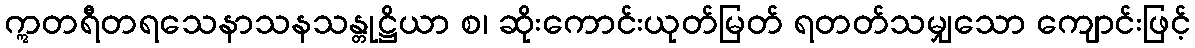
ဣတရီတရသေနာသနသန္တုဋ္ဌိယာ စ၊ ဆိုးကောင်းယုတ်မြတ် ရတတ်သမျှသော ကျောင်းဖြင့်